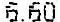
6.60